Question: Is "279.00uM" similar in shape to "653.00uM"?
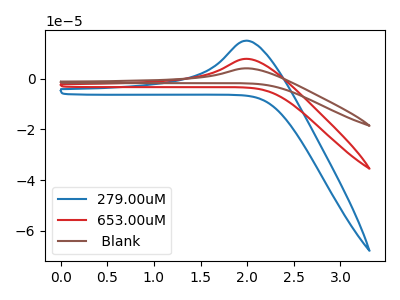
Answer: <think>The blue curve "279.00uM" has an anodic peak at: (2.00V, 15.00uA). The red curve "653.00uM" has an anodic peak at: (2.00V, 7.85uA). The brown curve " Blank" has an anodic peak at: (2.00V, 15.70uA).
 All the peaks in "279.00uM" have a peak in "653.00uM" at the same potential. Every peak in "279.00uM" is higher than every peak in "653.00uM".</think>
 <answer>"279.00uM" and "653.00uM" are similar in shape.</answer>
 <eval>same_shape</eval>